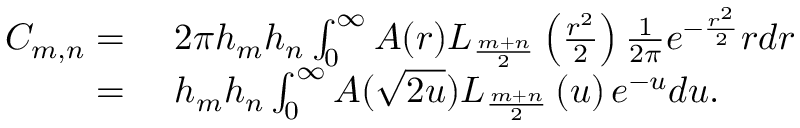
\begin{array} { r l } { C _ { m , n } = } & { \ 2 \pi h _ { m } h _ { n } \int _ { 0 } ^ { \infty } A ( r ) L _ { \frac { m + n } { 2 } } \left( \frac { r ^ { 2 } } { 2 } \right) \frac { 1 } { 2 \pi } e ^ { - \frac { r ^ { 2 } } { 2 } } r d r } \\ { = } & { \ h _ { m } h _ { n } \int _ { 0 } ^ { \infty } A ( \sqrt { 2 u } ) L _ { \frac { m + n } { 2 } } \left( u \right) e ^ { - u } d u . } \end{array}